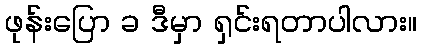
ဖုန်းပြော ခ ဒီမှာ ရှင်းရတာပါလား။